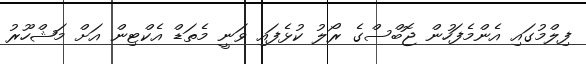
ފިލްމުގައި އެންމެފަހުން ޖޮބްސްގެ ރޯލު ކުޅެފައި ވަނީ މެތަޑް އެކްޓިން އަށް މަޝްހޫރު